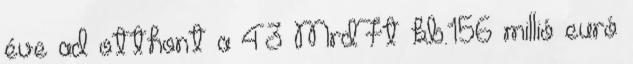
éve ad otthont a 43 MrdFt kb.156 millió euró